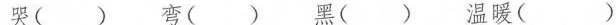
哭（） 弯（） 黑（） 温暖（）